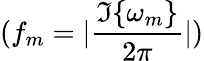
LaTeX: (f_{m}=|\frac{\Im\{ \omega_{m}\} }{2\pi}|)